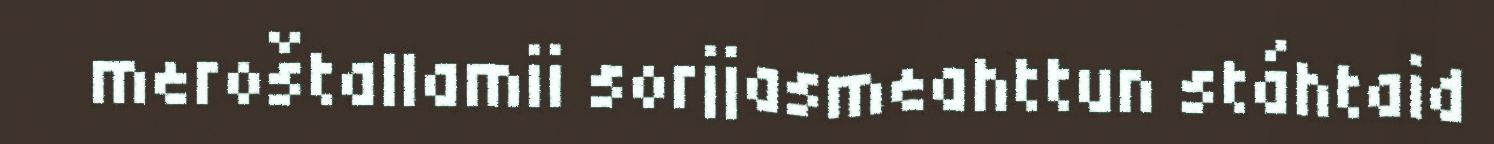
meroštallamii sorjjasmeahttun stáhtaid